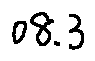
0 8 . 3